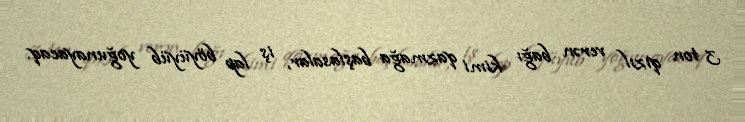
3 ton qızıl verən bağı kimi qazmağa başlasalar, iş lap böyüyüb yoğunayacaq.